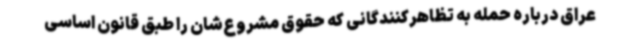
عراق درباره حمله به تظاهرکنندگانی که حقوق مشروع‌شان را طبق قانون اساسی